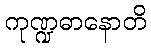
ကုဏ္ဍဓာနောတိ